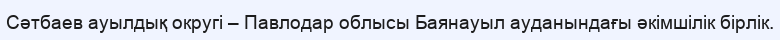
Сәтбаев ауылдық округі – Павлодар облысы Баянауыл ауданындағы әкімшілік бірлік.